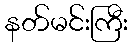
နတ်မင်းကြီး